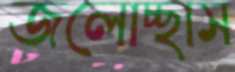
জলোচ্ছাস